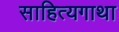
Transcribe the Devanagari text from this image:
साहित्यगाथा